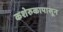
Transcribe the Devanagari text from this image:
कशेरुकापासून